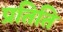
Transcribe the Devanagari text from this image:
प्रतिति